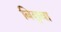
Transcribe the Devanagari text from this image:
बिछुवा